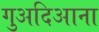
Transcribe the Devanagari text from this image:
गुअदिआना